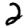
Digit: 2